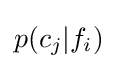
p(c_{j}|f_{i})\